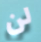
لن